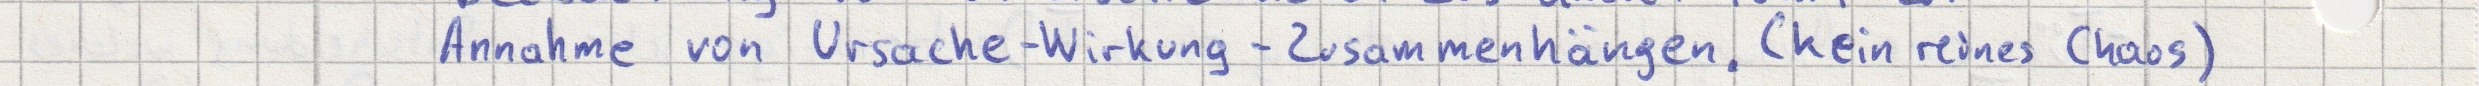
Annahme von Ursache-Wirkung-Zusammenhängen. (kein reines Chaos)